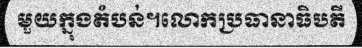
មួយក្នុងតំបន់។លោកប្រធានាធិបតី